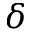
\delta